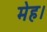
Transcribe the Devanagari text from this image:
मेह।